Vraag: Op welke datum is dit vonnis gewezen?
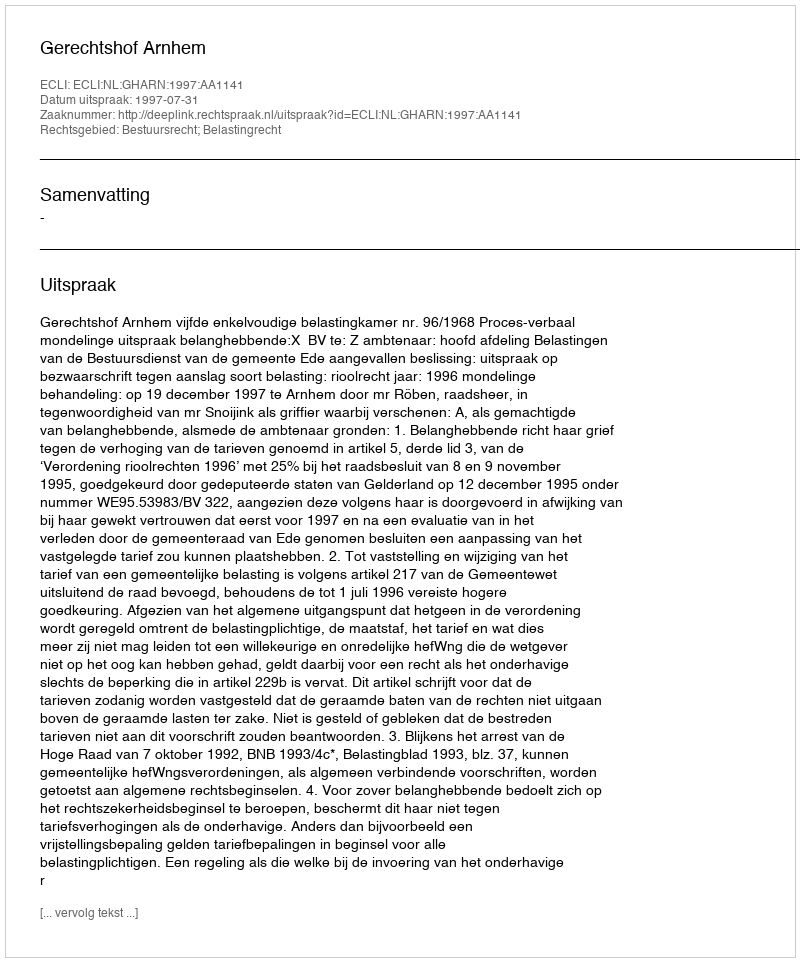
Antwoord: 1997-07-31